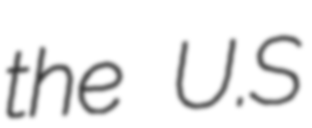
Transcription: the U.S